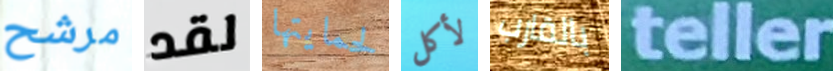
مرشح لقد لحمايتها لأكل بالقارب teller